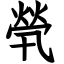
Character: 煢